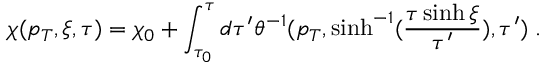
\chi ( p _ { T } , \xi , \tau ) = \chi _ { 0 } + \int _ { \tau _ { 0 } } ^ { \tau } d \tau ^ { \prime } \theta ^ { - 1 } ( p _ { T } , \sinh ^ { - 1 } ( \frac { \tau \sinh \xi } { \tau ^ { \prime } } ) , \tau ^ { \prime } ) \; .